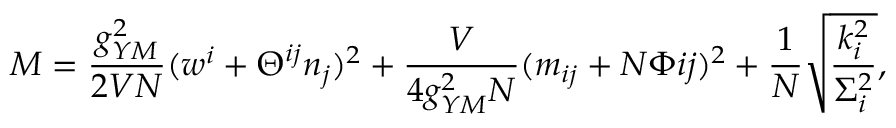
M = \frac { g _ { Y M } ^ { 2 } } { 2 V { \cal N } } ( w ^ { i } + \Theta ^ { i j } n _ { j } ) ^ { 2 } + \frac { V } { 4 g _ { Y M } ^ { 2 } { \cal N } } ( m _ { i j } + { \cal N } \Phi { i j } ) ^ { 2 } + \frac { 1 } { \cal N } \sqrt { \frac { k _ { i } ^ { 2 } } { \Sigma _ { i } ^ { 2 } } } ,